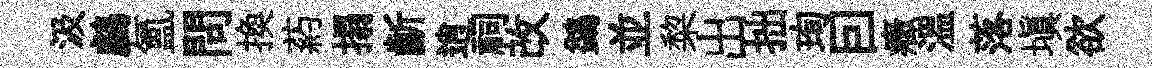
汲鸕氲問換葯搨齗逍祠改鷁並棃出拙珣囙癥溫落填欲